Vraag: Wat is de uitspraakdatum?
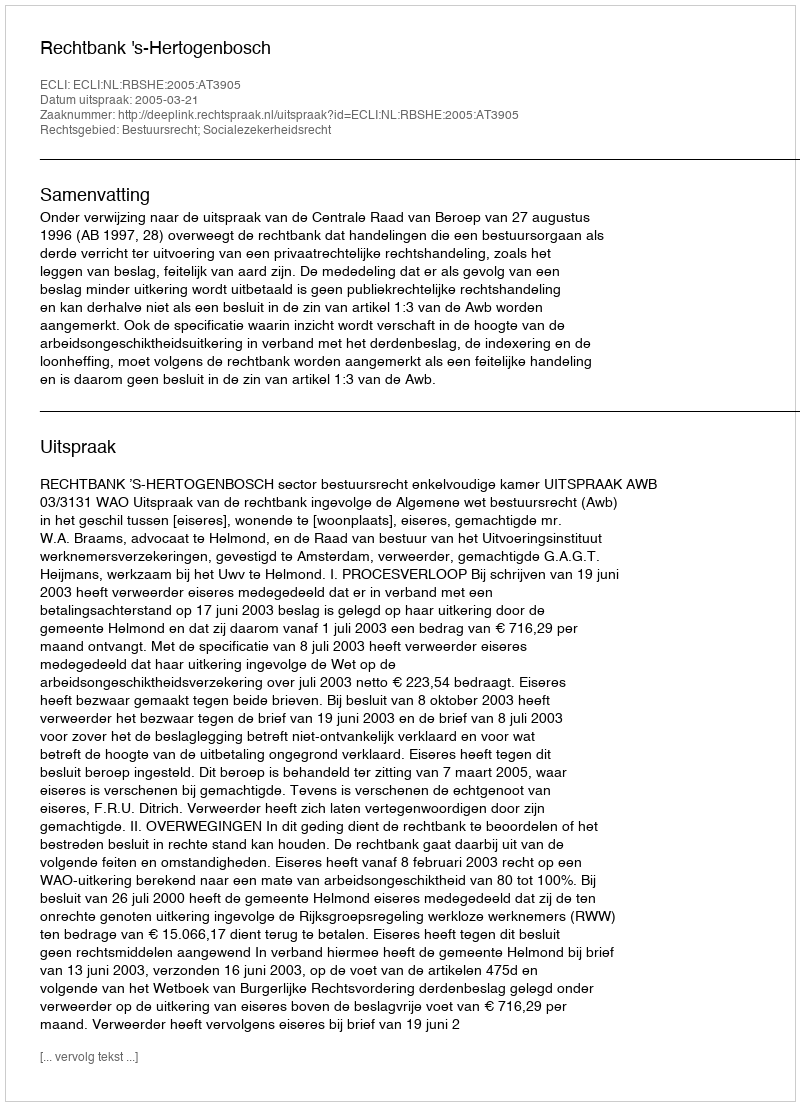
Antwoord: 2005-03-21